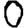
Digit: 0